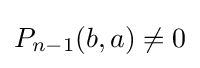
P_{n-1}(b,a)\neq 0